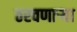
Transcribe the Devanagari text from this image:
ठरवणाऱ्या